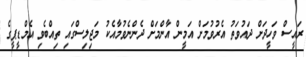
ރައީސް ވަހީދަށް ދައުވަތު އެރުވުމަށް އަމީން އާންމަށް ދެންނެވުމާއެކު މަޖިލިސްގައި ތިއްބެވި އެމްޑީޕީގެ